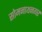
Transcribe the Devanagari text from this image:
सोमनाथनगर